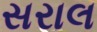
સરાલ